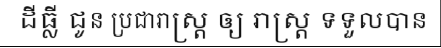
ដីធ្លី ជូន ប្រជារាស្ត្រ ឲ្យ រាស្ត្រ ទទួលបាន